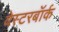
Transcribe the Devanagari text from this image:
वेस्टरबॉर्क